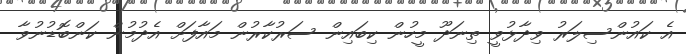
އެ ކައުންސިލަރު ވިދާޅުވީ ތިނަދޫ މީހުން ކިބައިން ސަރުކާރުން މައާފަށް އެދުމުން ކަންބޮޑުނުވާ